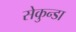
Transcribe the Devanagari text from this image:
सेकुन्डा